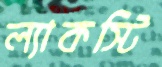
ল্যাকস্টি